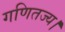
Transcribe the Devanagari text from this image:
गणितज्य।